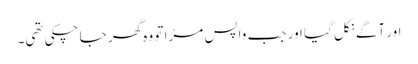
اور آگے نکل گیا اور جب واپس مڑا تو وہ گھر جا چکی تھی۔